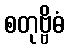
စတုဗ္ဗိဓံ